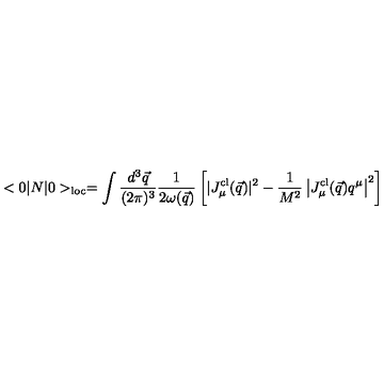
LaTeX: < 0 | N | 0 > _ { \mathrm { l o c } } = \int { \frac { d ^ { 3 } \vec { q } } { ( 2 \pi ) ^ { 3 } } } { \frac { 1 } { 2 \omega ( \vec { q } ) } } \left[ | J _ { \mu } ^ { \mathrm { c l } } ( \vec { q } ) | ^ { 2 } - { \frac { 1 } { M ^ { 2 } } } \left| J _ { \mu } ^ { \mathrm { c l } } ( \vec { q } ) q ^ { \mu } \right| ^ { 2 } \right]